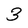
Character: 3